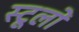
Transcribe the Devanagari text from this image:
स्टूलों